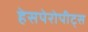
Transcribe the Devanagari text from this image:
हेसपेरोपीट्स